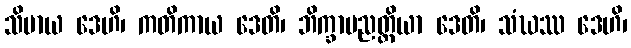
သိမာယ ဒေဟိ၊ ကတိကာယ ဒေတိ၊ ဘိက္ခာပညတ္တိယာ ဒေတိ၊ သံဃဿ ဒေဟိ၊